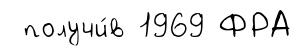
получи́в 1969 ФРА